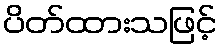
ပိတ်ထားသဖြင့်